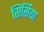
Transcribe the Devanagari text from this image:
सिर्सिया